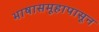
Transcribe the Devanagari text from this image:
भाषासमूहापासून